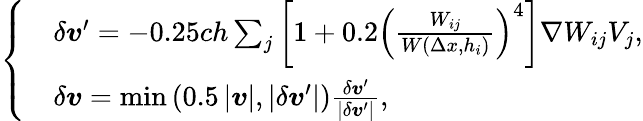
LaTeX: \left\{ \begin{array}{l}{\begin{array}{rl}&{\delta\boldsymbol{v}^{\prime}=-0.25ch\sum_{j}\left[1+0.2\left(\frac{W_{ij}}{W(\Delta x,h_{i})}\right)^{4}\right]{\nabla}W_{ij}V_{j},}\\ &{\delta\boldsymbol{v}=\operatorname*{min}\left(0.5\left|\boldsymbol{v}\right|,\left|\delta\boldsymbol{v}^{\prime}\right|\right)\frac{\delta\boldsymbol{v}^{\prime}}{\left|\delta\boldsymbol{v}^{\prime}\right|},}\end{array}}\end{array}\right.